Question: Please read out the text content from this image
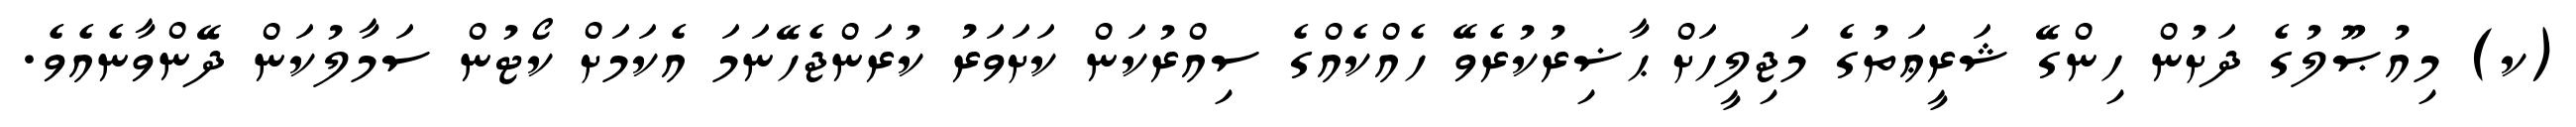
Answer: (ކ) މިއުޞޫލުގެ ދަށުން ހިންގޭ ޝަރީޢަތުގެ މަޖިލީހަށް ޙާޟިރުކުރެވޭ ހެއްކެއްގެ ސިއްރުކަން ކަށަވަރު ކުރަންޖެހޭނަމަ އެކަމަށް ކޯޓުން ސަމާލުކަން ދޭންވާނެއެވެ.